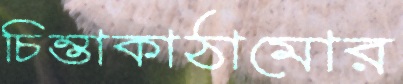
চিন্তাকাঠামোর